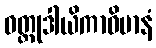
ဝတ္ထုဒါယိကာဝိမာနံ